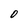
Character: 0